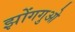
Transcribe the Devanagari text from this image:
झोंगगुओ